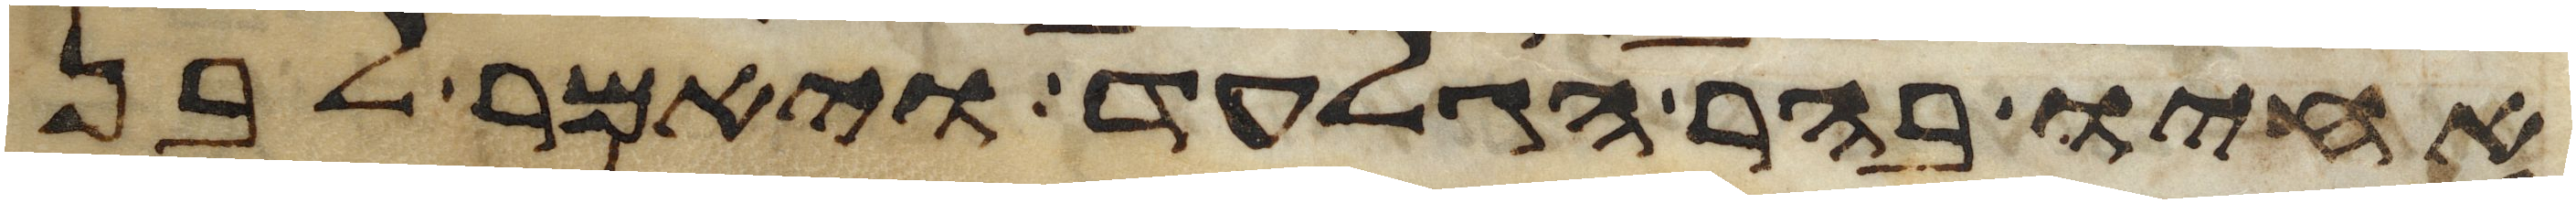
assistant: אחיו בהר הגלעד ויאמר לבן